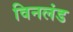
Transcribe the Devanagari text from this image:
विनलंड